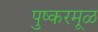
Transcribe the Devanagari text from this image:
पुष्करमूळ